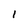
Character: l